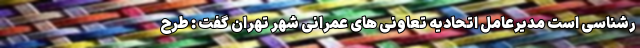
رشناسی است مدیرعامل اتحادیه تعاونی های عمرانی شهر تهران گفت : طرح